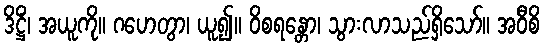
ဒိဋ္ဌိံ၊ အယူကို။ ဂဟေတွာ၊ ယူ၍။ ဝိစရန္တော၊ သွားလာသည်ရှိသော်။ အဝီစိ